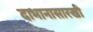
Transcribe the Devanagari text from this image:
दाभानासारखी